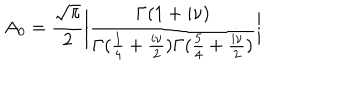
LaTeX: A _ { 0 } = { \frac { \sqrt \pi } { 2 } } \bigg | \frac { \Gamma ( 1 + i \nu ) } { \Gamma ( { \frac { 1 } { 4 } } + { \frac { i \nu } { 2 } } ) \Gamma ( { \frac { 5 } { 4 } } + { \frac { i \nu } { 2 } } ) } \bigg |